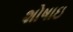
શોષાઇ